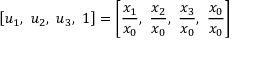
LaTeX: \left[ u _ { 1 } , \ u _ { 2 } , \ u _ { 3 } , \ 1 \right] = \left[ { \frac { x _ { 1 } } { x _ { 0 } } } , \ { \frac { x _ { 2 } } { x _ { 0 } } } , \ { \frac { x _ { 3 } } { x _ { 0 } } } , \ { \frac { x _ { 0 } } { x _ { 0 } } } \right]